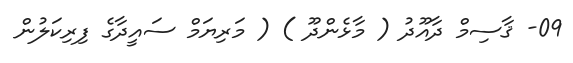
09- ޤާސިމް ދާއޫދު ( މާޅެންދޫ ) ( މަރިޔަމް ސައީދާގެ ފިރިކަލުން